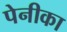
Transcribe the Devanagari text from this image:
पेनीका